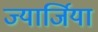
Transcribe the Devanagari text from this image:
ज्यार्जिया